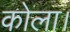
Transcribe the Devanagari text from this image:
कोला।